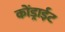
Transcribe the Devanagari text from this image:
कोंड्राईट